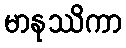
မာနုဿိကာ